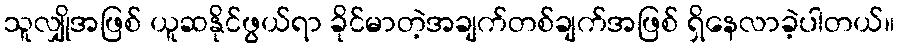
သူလျှိုအဖြစ် ယူဆနိုင်ဖွယ်ရာ ခိုင်မာတဲ့အချက်တစ်ချက်အဖြစ် ရှိနေလာခဲ့ပါတယ်။